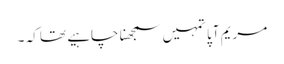
مریم آپا تمہیں سمجھنا چاہیے تھا کہ ۔